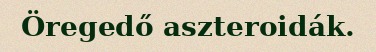
Öregedő aszteroidák.